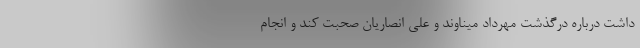
داشت درباره درگذشت مهرداد میناوند و علی انصاریان صحبت کند و انجام